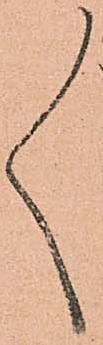
々